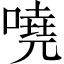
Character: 嘵